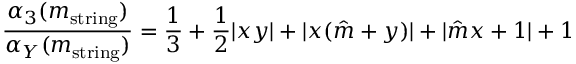
\frac { \alpha _ { 3 } ( m _ { \mathrm { s t r i n g } } ) } { \alpha _ { Y } ( m _ { \mathrm { s t r i n g } } ) } = \frac { 1 } { 3 } + \frac { 1 } { 2 } | x y | + | x ( \hat { m } + y ) | + | \hat { m } x + 1 | + 1